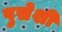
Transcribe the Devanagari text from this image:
पुसेशी